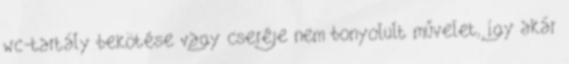
wc-tartály bekötése vagy cseréje nem bonyolult művelet, így akár